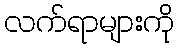
လက်ရာများကို